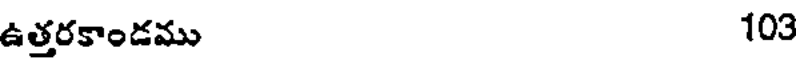
ఉత్తరకాండము 103